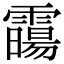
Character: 霷